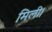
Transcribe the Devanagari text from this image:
मिली।